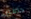
حامض